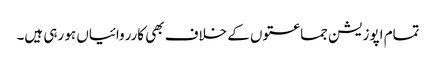
تمام اپوزیشن جماعتوں کے خلاف بھی کارروائیاں ہو رہی ہیں۔